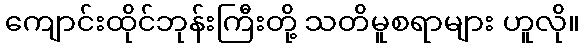
ကျောင်းထိုင်ဘုန်းကြီးတို့ သတိမူစရာများ ဟူလို။